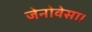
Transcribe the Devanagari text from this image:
जेनोवेसा।